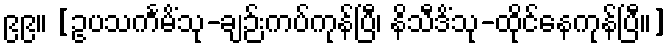
၉၉။ [ဥပသင်္ကမိံသု-ချဉ်းကပ်ကုန်ပြီ၊ နိသီဒိံသု-ထိုင်နေကုန်ပြီ။]